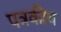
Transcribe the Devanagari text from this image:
पत्रकीय